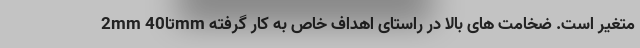
2mm تا40mm متغیر است. ضخامت های بالا در راستای اهداف خاص به کار گرفته